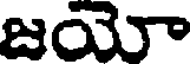
జయా